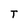
Character: T